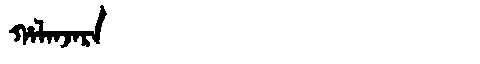
Manchu: ᡥᠠᠯᠠᠨᠵᠠᡵᠠ
Romanization: HALANJARA